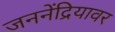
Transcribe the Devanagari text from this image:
जननेंद्रियावर